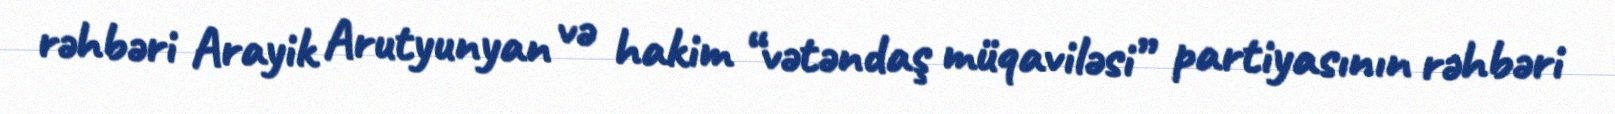
rəhbəri Arayik Arutyunyan və hakim “vətəndaş müqaviləsi” partiyasının rəhbəri